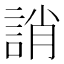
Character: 誚